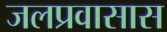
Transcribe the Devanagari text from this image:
जलप्रवासास